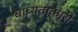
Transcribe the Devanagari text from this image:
बाध्यताकारी